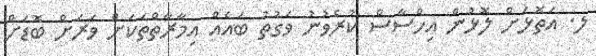
ލ. އަތޮޅަށް ލޮޅުން އިހްސާސް ކުރެވުނު ވަގުތު ބައެއް އިމާރާތްތަކަށް ވަރަށް ބޮޑަށް